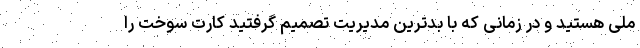
ملی هستید و در زمانی که با بدترین مدیریت تصمیم گرفتید کارت سوخت را